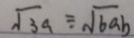
\sqrt { 3 a } \div \sqrt { 6 a b }